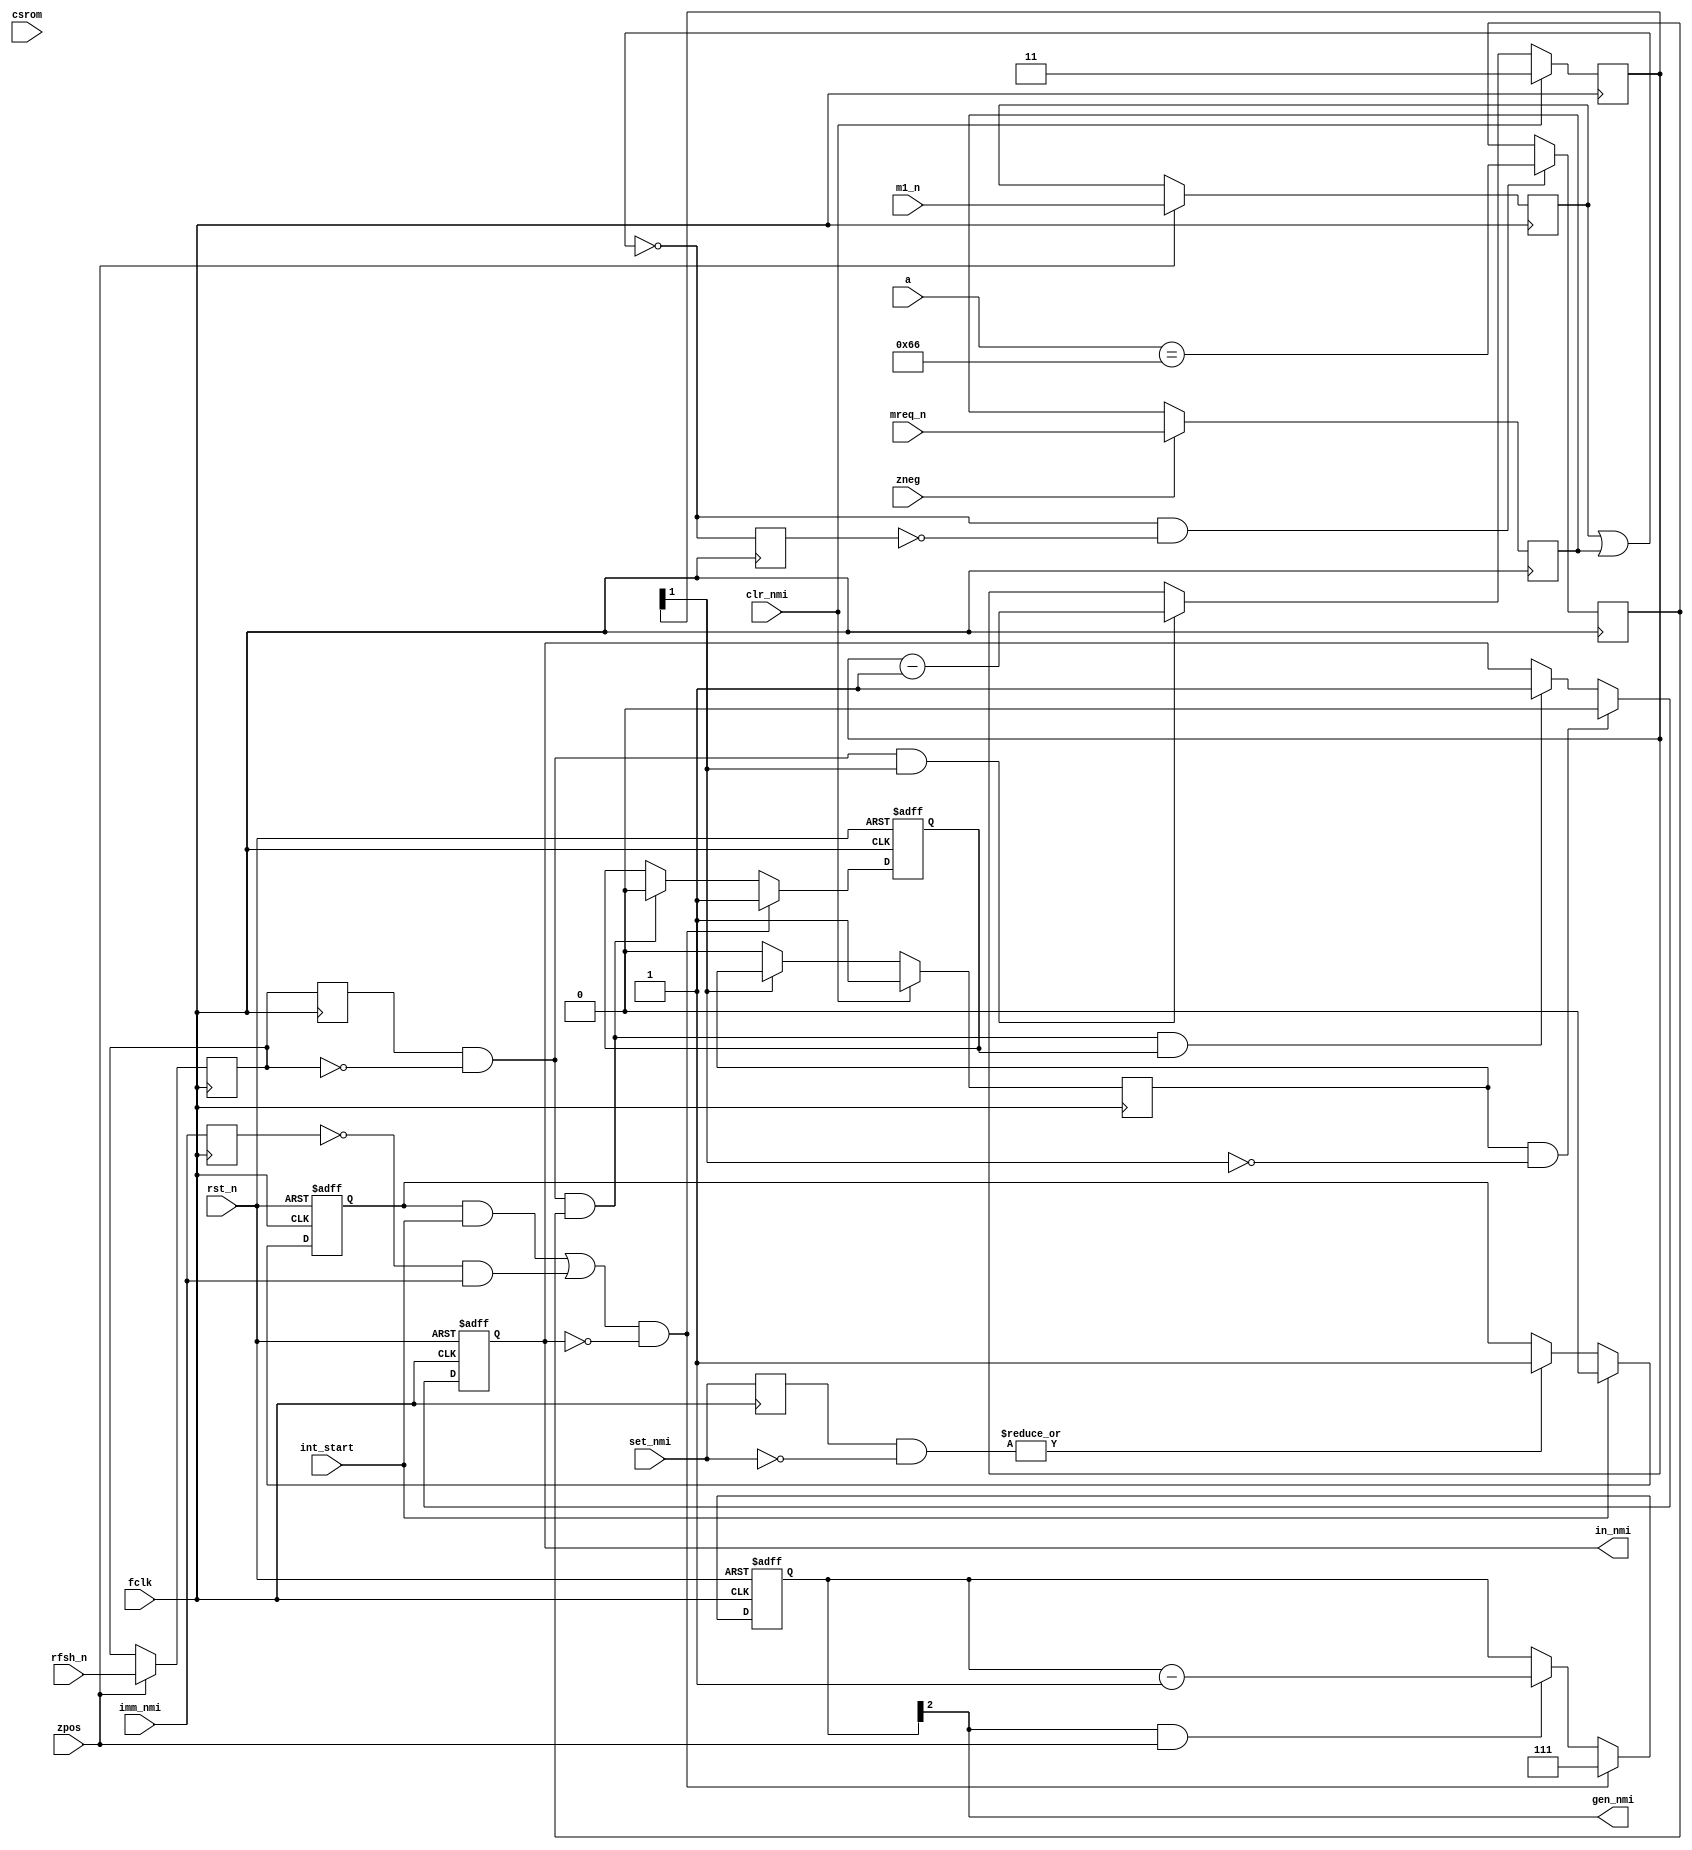
module znmi
(
	input  wire        rst_n,
	input  wire        fclk,

	input  wire        zpos,
	input  wire        zneg,

	input  wire        int_start, // when INT starts
	input  wire [ 1:0] set_nmi,   // NMI requests from slavespi and #BF port
	input  wire        imm_nmi,   // immediate NMI from breakpoint

	input  wire        clr_nmi, // clear nmi: from zports, pulsed at out to #xxBE


	input  wire        rfsh_n,
	input  wire        m1_n,
	input  wire        mreq_n,

	input  wire        csrom,

	input  wire [15:0] a,


	output reg         in_nmi, // when 1, there must be last (#FF) ram page in 0000-3FFF

	output wire        gen_nmi // NMI generator: when 1, NMI_N=0, otherwise NMI_N=Z
);

	reg  [1:0] set_nmi_r;
	wire       set_nmi_now;

	reg        imm_nmi_r;
	wire       imm_nmi_now;


	reg pending_nmi;

	reg in_nmi_2; // active (=1) when NMIed to ROM, after 0066 M1 becomes 0,
	              // but in_nmi becomes 1 -- ROM switches to #FF RAM


	reg [2:0] nmi_count;

	reg [1:0] clr_count;

	reg pending_clr;


	reg last_m1_rom;

	reg last_m1_0066;


	wire nmi_start;



	//remember whether last M1 opcode read was from ROM or RAM
	reg m1_n_reg, mreq_n_reg;
	reg [1:0] rfsh_n_reg;

	always @(posedge fclk) if( zpos )
		rfsh_n_reg[0] <= rfsh_n;
	always @(posedge fclk)
		rfsh_n_reg[1] <= rfsh_n_reg[0];


	always @(posedge fclk) if( zpos )
		m1_n_reg <= m1_n;

	always @(posedge fclk) if( zneg )
		mreq_n_reg <= mreq_n;

	wire was_m1 = ~(m1_n_reg | mreq_n_reg);

	reg was_m1_reg;

	always @(posedge fclk)
		was_m1_reg <= was_m1;


	always @(posedge fclk)
	if( was_m1 && (!was_m1_reg) )
		last_m1_rom <= csrom && (a[15:14]==2'b00);

	always @(posedge fclk)
	if( was_m1 && (!was_m1_reg) )
		last_m1_0066 <= ( a[15:0]==16'h0066 );





	always @(posedge fclk)
		set_nmi_r <= set_nmi;
	//
	assign set_nmi_now = | (set_nmi_r & (~set_nmi) );

	always @(posedge fclk)
		imm_nmi_r <= imm_nmi;
	//
	assign imm_nmi_now = | ( (~imm_nmi_r) & imm_nmi );



	always @(posedge fclk, negedge rst_n)
	if( !rst_n )
		pending_nmi <= 1'b0;
	else // posedge clk
	begin
		if( int_start )
			pending_nmi <= 1'b0;
		else if( set_nmi_now )
			pending_nmi <= 1'b1;
	end


	// actual nmi start
	assign nmi_start = (pending_nmi && int_start) || imm_nmi_now;



	always @(posedge fclk)
	if( clr_nmi )
		clr_count <= 2'd3;
	else if( rfsh_n_reg[1] && (!rfsh_n_reg[0]) && clr_count[1] )
		clr_count <= clr_count - 2'd1;

	always @(posedge fclk)
	if( clr_nmi )
		pending_clr <= 1'b1;
	else if( !clr_count[1] )
		pending_clr <= 1'b0;


	always @(posedge fclk, negedge rst_n)
	if( !rst_n )
		in_nmi_2 <= 1'b0;
	else // posedge fclk
	begin
		if( nmi_start && (!in_nmi) /*&& last_m1_rom*/ ) // fix for NMI page after execution of 0066 opcode everywhere
			in_nmi_2 <= 1'b1;
		else if( rfsh_n_reg[1] && (!rfsh_n_reg[0]) && last_m1_0066 )
			in_nmi_2 <= 1'b0;
	end


	always @(posedge fclk, negedge rst_n)
	if( !rst_n )
		in_nmi <= 1'b0;
	else // posedge clk
	begin
		if( pending_clr && (!clr_count[1]) )
			in_nmi <= 1'b0;
		else if( /*(nmi_start && (!in_nmi) && (!last_m1_rom))                      ||*/
		         (rfsh_n_reg[1] && (!rfsh_n_reg[0]) && last_m1_0066 && in_nmi_2) )
			in_nmi <= 1'b1;
	end


	always @(posedge fclk, negedge rst_n)
	if( !rst_n )
		nmi_count <= 3'b000;
	else if( nmi_start && (!in_nmi) )
		nmi_count <= 3'b111;
	else if( nmi_count[2] && zpos )
		nmi_count <= nmi_count - 3'd1;


	assign gen_nmi = nmi_count[2];


endmodule